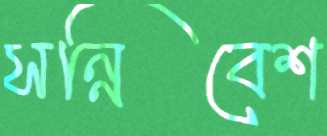
সন্নিবেশ